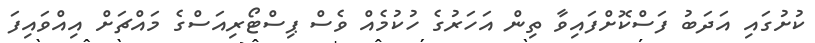
ކުށުގައި އަދަބު ފަސްކޮށްފައިވާ ތިން އަހަރުގެ ހުކުމެއް ވެސް ޕިސްޓޯރިއަސްގެ މައްޗަށް އިއްވައިފަ